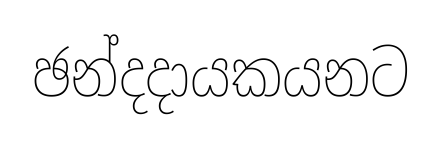
ඡන්දදායකයනට